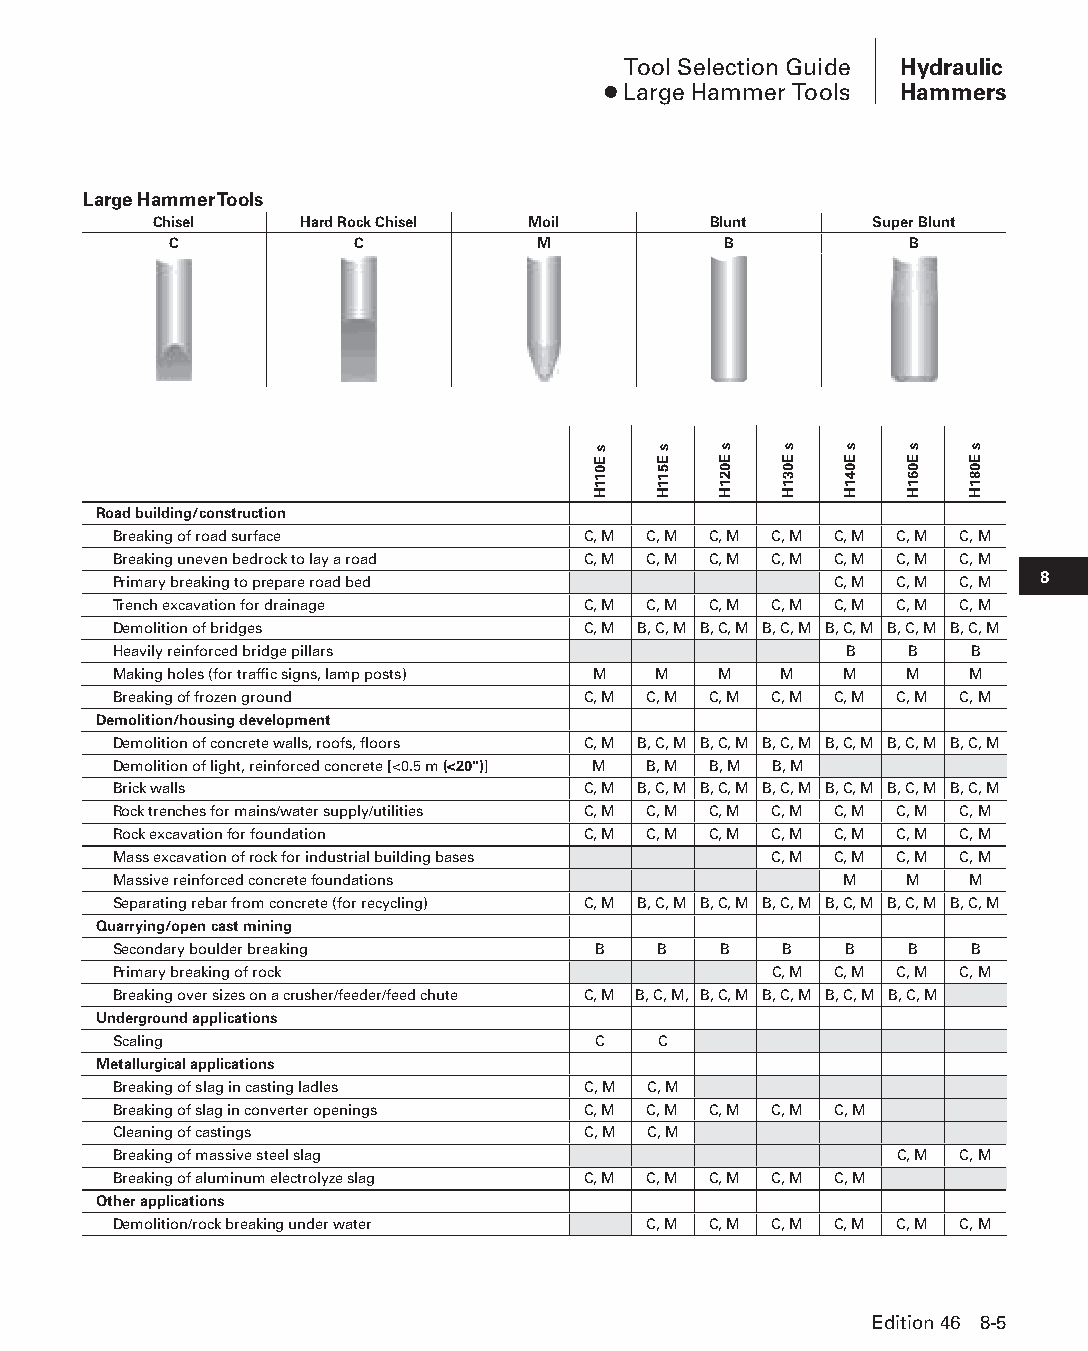
Tool Selection Guide Hydraulic
 ● Large Hammer Tools Hammers
 Large Hammer Tools
 Chisel    Hard Rock Chisel Moil      Blunt      Super Blunt
 C           C           M           B            B
 Road building/construction
 Breaking of road surface       C, M C, M C, M C, M C, M C, M C, M
 Breaking uneven bedrock to lay a road C, M C, M C, M C, M C, M C, M C, M
 Primary breaking to prepare road bed            C, M C, M C, M 8
 Trench excavation for drainage C, M C, M C, M C, M C, M C, M C, M
 Demolition of bridges          C, M B, C, M B, C, M B, C, M B, C, M B, C, M B, C, M
 Heavily reinforced bridge pillars               B   B    B
 Making holes (for traffic signs, lamp posts) M M M M M M M
 Breaking of frozen ground      C, M C, M C, M C, M C, M C, M C, M
 Demolition/housing development
 Demolition of concrete walls, roofs, floors C, M B, C, M B, C, M B, C, M B, C, M B, C, M B, C, M
 Demolition of light, reinforced concrete [<0.5 m (<20")] M B, M B, M B, M
 Brick walls                    C, M B, C, M B, C, M B, C, M B, C, M B, C, M B, C, M
 Rock trenches for mains/water supply/utilities C, M C, M C, M C, M C, M C, M C, M
 Rock excavation for foundation C, M C, M C, M C, M C, M C, M C, M
 Mass excavation of rock for industrial building bases C, M C, M C, M C, M
 Massive reinforced concrete foundations         M   M   M
 Separating rebar from concrete (for recycling) C, M B, C, M B, C, M B, C, M B, C, M B, C, M B, C, M
 Quarrying/open cast mining
 Secondary boulder breaking      B   B   B   B   B   B    B
 Primary breaking of rock                   C, M C, M C, M C, M
 Breaking over sizes on a crusher/feeder/feed chute C, M B, C, M, B, C, M B, C, M B, C, M B, C, M
 Underground applications
 Scaling                         C   C
 Metallurgical applications
 Breaking of slag in casting ladles C, M C, M
 Breaking of slag in converter openings C, M C, M C, M C, M C, M
 Cleaning of castings           C, M C, M
 Breaking of massive steel slag                      C, M C, M
 Breaking of aluminum electrolyze slag C, M C, M C, M C, M C, M
 Other applications
 Demolition/rock breaking under water C, M C, M C, M C, M C, M C, M
 Edition 46 8-5
 PPHHBB--SSeecc0088--1166..iinndddd 55                          1122//44//1155 1100::4400 AAMM
 s
 E011H
 s
 E511H
 s
 E021H
 s
 E031H
 s
 E041H
 s
 E061H
 s
 E081H